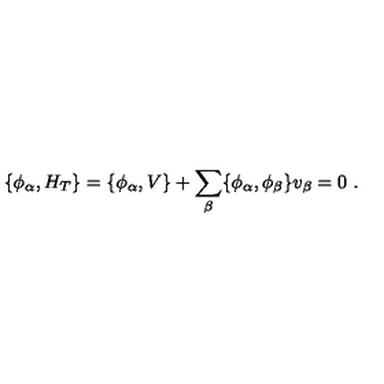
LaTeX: \{ \phi _ { \alpha } , H _ { T } \} = \{ \phi _ { \alpha } , V \} + \sum _ { \beta } \{ \phi _ { \alpha } , \phi _ { \beta } \} v _ { \beta } = 0 \ .